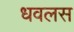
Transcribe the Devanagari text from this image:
धवलस